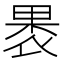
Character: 褁